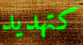
كتهديد